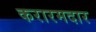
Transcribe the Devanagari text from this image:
करारमदार